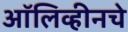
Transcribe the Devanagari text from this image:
ऑलिव्हीनचे